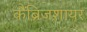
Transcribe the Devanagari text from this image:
कैंब्रिजशायर